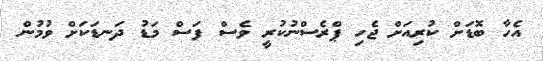
އެހާ ބޮޑަށް ކުރިއަށް ޖެހި ޕްރެސްނުކުރީ ވެސް ފަސް މަޑު ދަނޑަކަށް ވުމުން